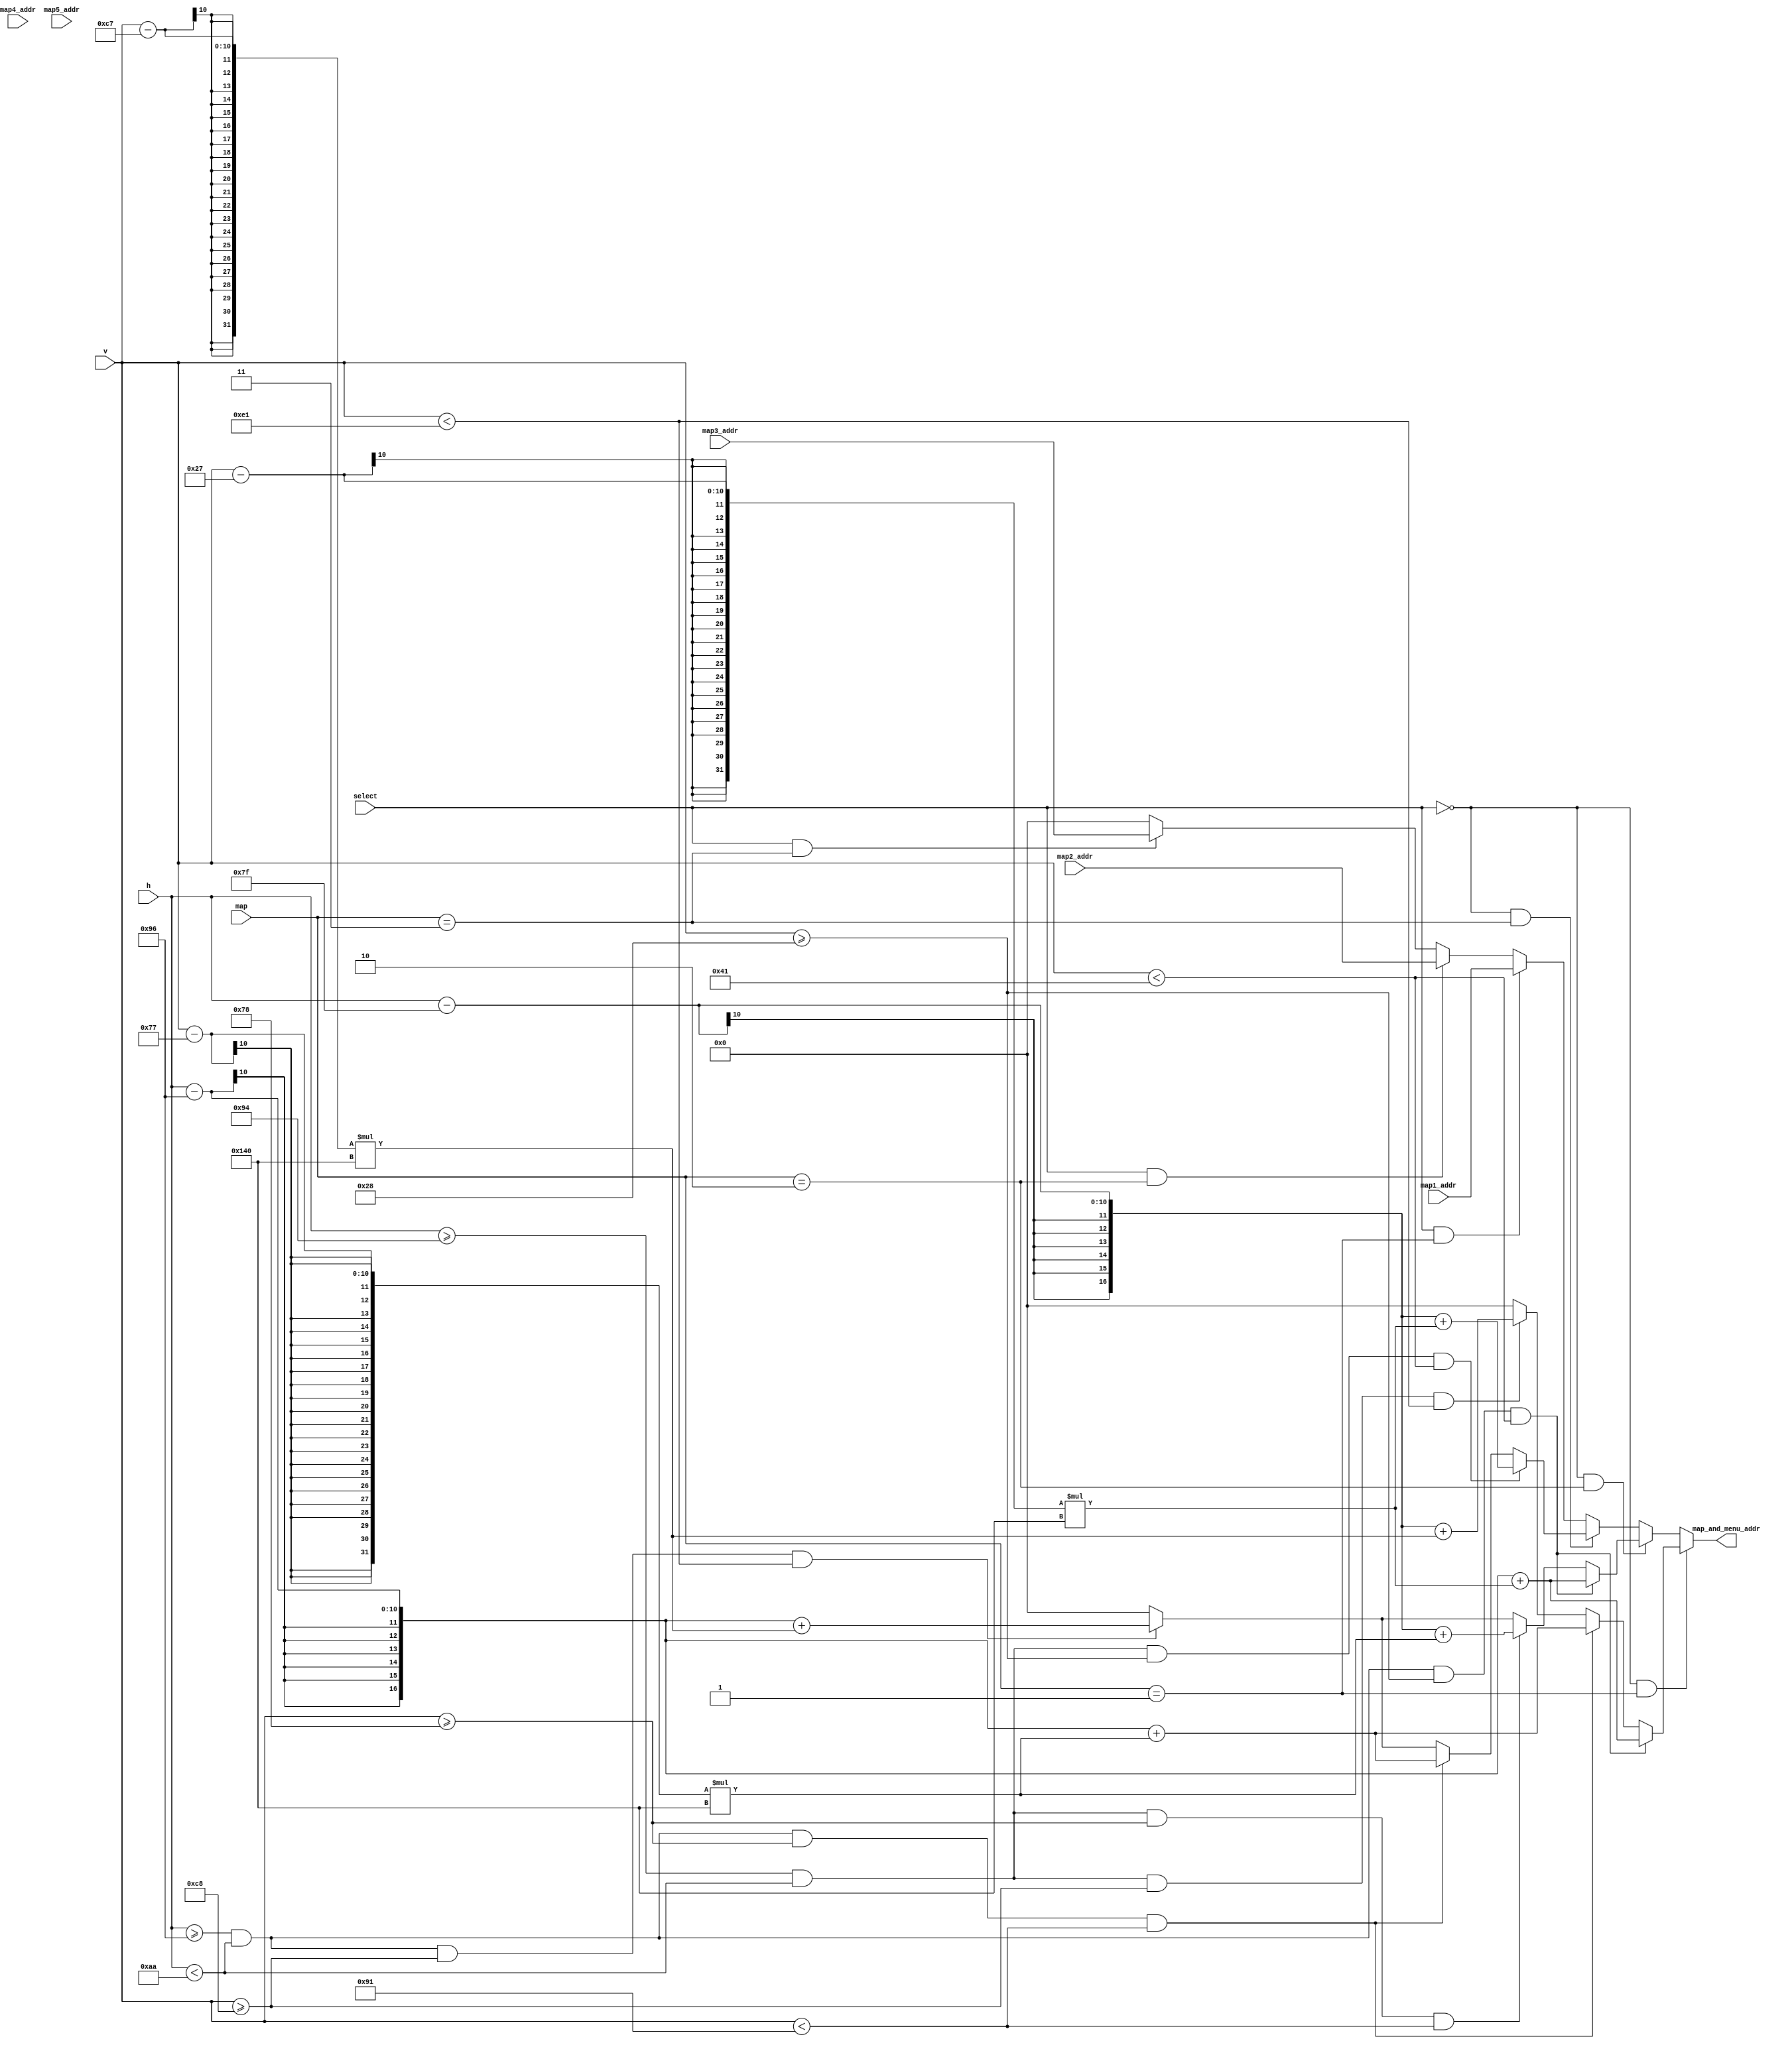
module map_and_menu_addr_gen(
    input [9:0] h, v,
    input [2:0] select, map, 
    input [16:0] map1_addr, map2_addr, map3_addr, map4_addr, map5_addr,
    output wire [16:0] map_and_menu_addr
);
    /*assign map_and_menu_addr = (!select && map == 1) ? (
        (h >= 150 && h < 170 && v >= 40 && v < 65) ? (
            (h-150)+(v-39)*320
        ) : (
            (h >= 150 && h < 170 && v >= 80 && v < 105) ? (
                (h-150)+(v-79)*320
            ) : (
                (h >= 150 && h < 170 && v >= 120 && v < 145) ? (
                    (h-150)+(v-119)*320
                ) : (
                    (h >= 150 && h < 170 && v >= 160 && v < 185) ? (
                        (h-150)+(v-159)*320
                    ) : (
                        (h >= 148 && h < 170 && v >= 200 && v < 225) ? (
                            (h-127)+(v-199)*320
                        ) : (
                            0
                        )
                    )
                )
            )
        )
    ) : (
        (!select && map == 2) ? (
            (h >= 150 && h < 170 && v >= 40 && v < 65) ? (
                (h-150)+(v-39)*320
            ) : (
                (h >= 150 && h < 170 && v >= 80 && v < 105) ? (
                    (h-150)+(v-79)*320
                ) : (
                    (h >= 150 && h < 170 && v >= 120 && v < 145) ? (
                        (h-150)+(v-119)*320
                    ) : (
                        (h >= 148 && h < 170 && v >= 160 && v < 185) ? (
                            (h-127)+(v-159)*320
                        ) : (
                            (h >= 150 && h < 170 && v >= 200 && v < 225) ? (
                                (h-150)+(v-199)*320
                            ) : (
                                0
                            )
                        )
                    )
                )
            )
        )  : (
            (!select && map == 3) ? (
                (h >= 150 && h < 170 && v >= 40 && v < 65) ? (
                    (h-150)+(v-39)*320
                ) : (
                    (h >= 150 && h < 170 && v >= 80 && v < 105) ? (
                        (h-150)+(v-79)*320
                    ) : (
                        (h >= 148 && h < 170 && v >= 120 && v < 145) ? (
                            (h-127)+(v-119)*320
                        ) : (
                            (h >= 150 && h < 170 && v >= 160 && v < 185) ? (
                                (h-150)+(v-159)*320
                            ) : (
                                (h >= 150 && h < 170 && v >= 200 && v < 225) ? (
                                    (h-150)+(v-199)*320
                                ) : (
                                    0
                                )
                            )
                        )
                    )
                )
            ) : (
                (!select && map == 4) ? (
                    (h >= 150 && h < 170 && v >= 40 && v < 65) ? (
                        (h-150)+(v-39)*320
                    ) : (
                        (h >= 148 && h < 170 && v >= 80 && v < 105) ? (
                            (h-127)+(v-79)*320
                        ) : (
                            (h >= 150 && h < 170 && v >= 120 && v < 145) ? (
                                (h-150)+(v-119)*320
                            ) : (
                                (h >= 150 && h < 170 && v >= 160 && v < 185) ? (
                                    (h-150)+(v-159)*320
                                ) : (
                                    (h >= 150 && h < 170 && v >= 200 && v < 225) ? (
                                        (h-150)+(v-199)*320
                                    ) : (
                                        0
                                    )
                                )
                            )
                        )
                    )
                ) : (
                    (!select && map == 5) ? (
                        (h >= 148 && h < 170 && v >= 40 && v < 65) ? (
                            (h-127)+(v-39)*320
                        ) : (
                            (h >= 150 && h < 170 && v >= 80 && v < 105) ? (
                                (h-150)+(v-79)*320
                            ) : (
                                (h >= 150 && h < 170 && v >= 120 && v < 145) ? (
                                    (h-150)+(v-119)*320
                                ) : (
                                    (h >= 150 && h < 170 && v >= 160 && v < 185) ? (
                                        (h-150)+(v-159)*320
                                    ) : (
                                        (h >= 150 && h < 170 && v >= 200 && v < 225) ? (
                                            (h-150)+(v-199)*320
                                        ) : (
                                            0
                                        )
                                    )
                                )
                            )
                        )
                    ) : (
                        (select && map == 1) ? (
                            map1_addr
                        ) : (select && map == 2) ?(
                            map2_addr
                        ) : (select && map == 3) ?(
                            map3_addr
                        ) : (select && map == 4) ?(
                            map4_addr
                        ) : (select && map == 5) ?(
                            map5_addr
                        ) :(
                            0
                        )
                    )
                )
            )
        )
    );*/

    assign map_and_menu_addr = (!select && map == 1) ? (
        (h >= 150 && h < 170 && v >= 40 && v < 65) ? (
            (h-150)+(v-39)*320
        ) : (
                (h >= 150 && h < 170 && v >= 120 && v < 145) ? (
                    (h-150)+(v-119)*320
                ) : (
                        (h >= 148 && h < 170 && v >= 200 && v < 225) ? (
                            (h-127)+(v-199)*320
                        ) : (
                            0
                        )
                )
            
        )
    ) : (
        (!select && map == 2) ? (
            (h >= 150 && h < 170 && v >= 40 && v < 65) ? (
                (h-150)+(v-39)*320
            ) : (
                    (h >= 148 && h < 170 && v >= 120 && v < 145) ? (
                        (h-127)+(v-119)*320
                    ) : (
                            (h >= 150 && h < 170 && v >= 200 && v < 225) ? (
                                (h-150)+(v-199)*320
                            ) : (
                                0
                            )
                    )
            )
        )  : (
            (!select && map == 3) ? (
                (h >= 148 && h < 170 && v >= 40 && v < 65) ? (
                    (h-127)+(v-39)*320
                ) : (
                    (h >= 150 && h < 170 && v >= 120 && v < 145) ? (
                        (h-150)+(v-119)*320
                    ) : (
                        (h >= 150 && h < 170 && v >= 200 && v < 225) ? (
                            (h-150)+(v-199)*320
                        ) : (
                            0
                        )
                    )
                )
            ) : (
                        (select && map == 1) ? (
                            map1_addr
                        ) : (select && map == 2) ?(
                            map2_addr
                        ) : (select && map == 3) ?(
                            map3_addr
                        ) : 0
            )

        )
    );
endmodule


/*module map(
    input clk, 
    input rst, 
    input en, 
    input [2:0] level,
    input [2:0] map,
    input wire [9:0] vga_h, //640 
    input wire [9:0] vga_v,  //480 
    inout PS2_DATA, 
    inout PS2_CLK, 
    output wire [16:0] addr, 
    output reg clear
);

    //player player1(...);
    //player player2(...);
    //terrain t1(...); ...
    //mech m1(...); ...
    wire [16:0] menu_addr;
    assign menu_addr = (level == 0) ? (
        (map == 1) ? (
            ((vga_h>>1) >= 150 && (vga_h>>1) <= 170 && (vga_v>>1) >= 40 && (vga_v>>1) <= 65) ? (
                ((vga_h >> 1)-150 + ((vga_v >> 1)-39)*320)
            ) : (
                ((vga_h>>1) >= 150 && (vga_h>>1) <= 170 && (vga_v>>1) >= 80 && (vga_v>>1) <= 105) ? (
                    ((vga_h >> 1)-150 + ((vga_v >> 1)-79)*320)
                ): (
                    ((vga_h>>1) >= 150 && (vga_h>>1) <= 170 && (vga_v>>1) >= 120 && (vga_v>>1) <= 145) ? (
                        ((vga_h >> 1)-150 + ((vga_v >> 1)-119)*320)
                    ) : (
                        ((vga_h>>1) >= 150 && (vga_h>>1) <= 170 && (vga_v>>1) >= 160 && (vga_v>>1) <= 185) ? (
                            ((vga_h >> 1)-150 + ((vga_v >> 1)-159)*320)
                        ) : (
                            ((vga_h>>1) >= 148 && (vga_h>>1) <= 170 && (vga_v>>1) >= 200 && (vga_v>>1) <= 225) ? (
                                ((vga_h >> 1)-127 + ((vga_v >> 1)-199)*320)
                            ) : (
                                0
                            )
                        )
                    )
                )
            )
        ) : (
            (map == 2) ? (
                ((vga_h>>1) >= 150 && (vga_h>>1) <= 170 && (vga_v>>1) >= 40 && (vga_v>>1) <= 65) ? (
                    ((vga_h >> 1)-150 + ((vga_v >> 1)-39)*320)
                ) : (
                    ((vga_h>>1) >= 150 && (vga_h>>1) <= 170 && (vga_v>>1) >= 80 && (vga_v>>1) <= 105) ? (
                        ((vga_h >> 1)-150 + ((vga_v >> 1)-79)*320)
                    ) : (
                        ((vga_h>>1) >= 150 && (vga_h>>1) <= 170 && (vga_v>>1) >= 120 && (vga_v>>1) <= 145) ? (
                            ((vga_h >> 1)-150 + ((vga_v >> 1)-119)*320)
                        ) : (
                            ((vga_h>>1) >= 148 && (vga_h>>1) <= 170 && (vga_v>>1) >= 160 && (vga_v>>1) <= 185) ? (
                                ((vga_h >> 1)-127 + ((vga_v >> 1)-159)*320)
                            ) : (
                                ((vga_h>>1) >= 150 && (vga_h>>1) <= 170 && (vga_v>>1) >= 200 && (vga_v>>1) <= 225) ? (
                                    ((vga_h >> 1)-150 + ((vga_v >> 1)-199)*320)
                                ) : (
                                    0
                                )
                            )
                        )
                    )
                )
            ) : (
                (map == 3) ? (
                    ((vga_h>>1) >= 150 && (vga_h>>1) <= 170 && (vga_v>>1) >= 40 && (vga_v>>1) <= 65) ? (
                        ((vga_h >> 1)-150 + ((vga_v >> 1)-39)*320)
                    ) : (
                        ((vga_h>>1) >= 150 && (vga_h>>1) <= 170 && (vga_v>>1) >= 80 && (vga_v>>1) <= 105) ? (
                            ((vga_h >> 1)-150 + ((vga_v >> 1)-79)*320)
                        ) : (
                            ((vga_h>>1) >= 148 && (vga_h>>1) <= 170 && (vga_v>>1) >= 120 && (vga_v>>1) <= 145) ? (
                                ((vga_h >> 1)-127 + ((vga_v >> 1)-119)*320)
                            ) : (
                                ((vga_h>>1) >= 150 && (vga_h>>1) <= 170 && (vga_v>>1) >= 160 && (vga_v>>1) <= 185) ? (
                                    ((vga_h >> 1)-150 + ((vga_v >> 1)-159)*320)
                                ) : (
                                    ((vga_h>>1) >= 150 && (vga_h>>1) <= 170 && (vga_v>>1) >= 200 && (vga_v>>1) <= 225) ? (
                                        ((vga_h >> 1)-150 + ((vga_v >> 1)-199)*320)
                                    ) : (
                                        0
                                    )
                                )
                            )
                        )
                    )
                ) : (
                    (map == 4) ? (
                        ((vga_h>>1) >= 150 && (vga_h>>1) <= 170 && (vga_v>>1) >= 40 && (vga_v>>1) <= 65) ? (
                            ((vga_h >> 1)-150 + ((vga_v >> 1)-39)*320)
                        ) : (
                            ((vga_h>>1) >= 148 && (vga_h>>1) <= 170 && (vga_v>>1) >= 80 && (vga_v>>1) <= 105) ? (
                                ((vga_h >> 1)-127 + ((vga_v >> 1)-79)*320)
                            ) : (
                                ((vga_h>>1) >= 150 && (vga_h>>1) <= 170 && (vga_v>>1) >= 120 && (vga_v>>1) <= 145) ? (
                                    ((vga_h >> 1)-150 + ((vga_v >> 1)-119)*320)
                                ) : (
                                    ((vga_h>>1) >= 150 && (vga_h>>1) <= 170 && (vga_v>>1) >= 160 && (vga_v>>1) <= 185) ? (
                                        ((vga_h >> 1)-150 + ((vga_v >> 1)-159)*320)
                                    ) : (
                                        ((vga_h>>1) >= 150 && (vga_h>>1) <= 170 && (vga_v>>1) >= 200 && (vga_v>>1) <= 225) ? (
                                            ((vga_h >> 1)-150 + ((vga_v >> 1)-199)*320)
                                        ) : (
                                            0
                                        )
                                    )
                                )
                            )
                        )
                    ) : (
                        (map == 5) ? (
                            ((vga_h>>1) >= 148 && (vga_h>>1) <= 170 && (vga_v>>1) >= 40 && (vga_v>>1) <= 65) ? (
                                ((vga_h >> 1)-127 + ((vga_v >> 1)-39)*320)
                            ) : (
                                ((vga_h>>1) >= 150 && (vga_h>>1) <= 170 && (vga_v>>1) >= 80 && (vga_v>>1) <= 105) ? (
                                    ((vga_h >> 1)-150 + ((vga_v >> 1)-79)*320)
                                ) : (
                                    ((vga_h>>1) >= 150 && (vga_h>>1) <= 170 && (vga_v>>1) >= 120 && (vga_v>>1) <= 145) ? (
                                        ((vga_h >> 1)-150 + ((vga_v >> 1)-119)*320)
                                    ) : (
                                        ((vga_h>>1) >= 150 && (vga_h>>1) <= 170 && (vga_v>>1) >= 160 && (vga_v>>1) <= 185) ? (
                                            ((vga_h >> 1)-150 + ((vga_v >> 1)-159)*320)
                                        ) : (
                                            ((vga_h>>1) >= 150 && (vga_h>>1) <= 170 && (vga_v>>1) >= 200 && (vga_v>>1) <= 225) ? (
                                                ((vga_h >> 1)-150 + ((vga_v >> 1)-199)*320)
                                            ) : (
                                                0
                                            )
                                        )
                                    )
                                )
                            )
                        ) : (
                            0
                        )
                    )
                )
            )
        )
    ) : (
        0
    );

    assign addr = (level == 0) ? menu_addr : 0;

endmodule*/